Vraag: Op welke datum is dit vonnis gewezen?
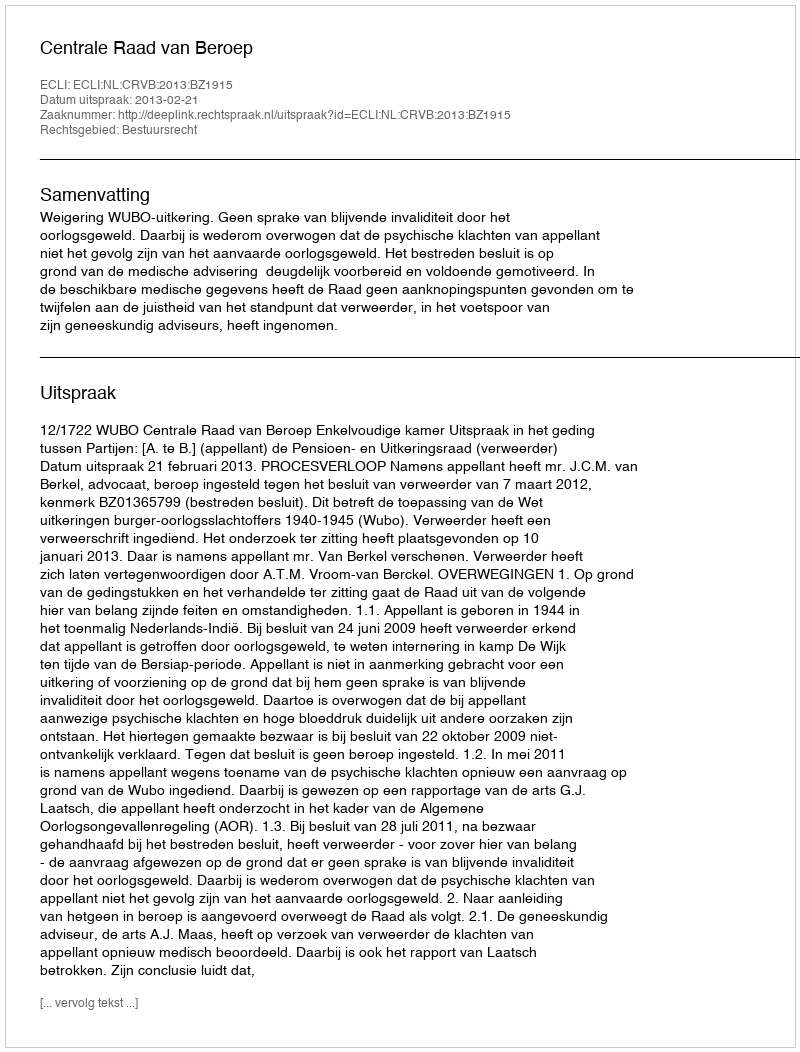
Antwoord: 2013-02-21